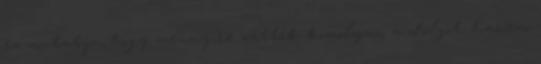
ez mutatja, hogy mennyire vették komolyan a dolgot, hanem